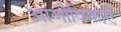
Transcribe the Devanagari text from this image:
आजीविकाएँ